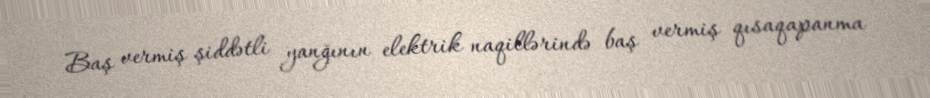
Baş vermiş şiddətli yanğının elektrik naqillərində baş vermiş qısaqapanma